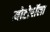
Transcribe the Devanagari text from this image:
मोटोरॉला